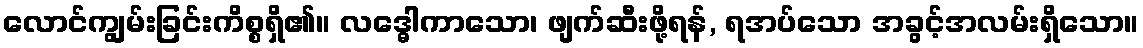
လောင်ကျွမ်းခြင်းကိစ္စရှိ၏။ လဒ္ဓေါကာသော၊ ဖျက်ဆီးဖို့ရန်, ရအပ်သော အခွင့်အလမ်းရှိသော။